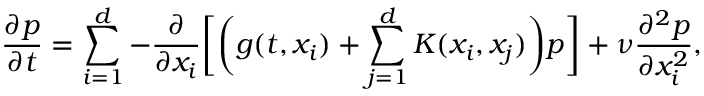
\frac { \partial p } { \partial t } = \sum _ { i = 1 } ^ { d } - \frac { \partial } { \partial x _ { i } } \bigg [ \bigg ( g ( t , x _ { i } ) + \sum _ { j = 1 } ^ { d } K ( x _ { i } , x _ { j } ) \bigg ) p \bigg ] + \nu \frac { \partial ^ { 2 } p } { \partial x _ { i } ^ { 2 } } ,